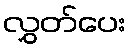
လွှတ်ပေး